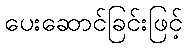
ပေးဆောင်ခြင်းဖြင့်